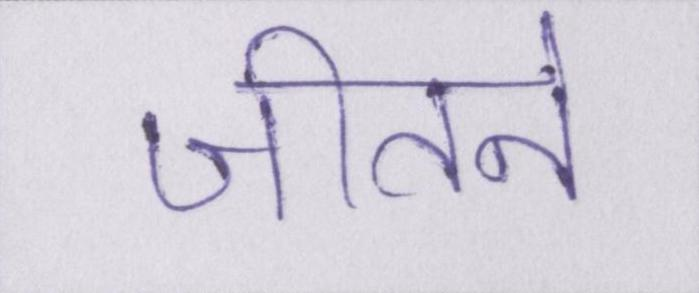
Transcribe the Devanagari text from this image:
जीतने